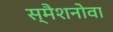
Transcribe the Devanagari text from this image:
स्मैशनोवा